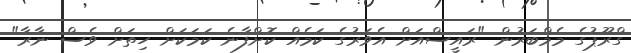
ގްރޫޕުގެ މެމްބަރުން "ރައީސްއަށް އެވަރުގެ ކަމެއް ކޮށްފާނެ ކަމަކަށް ހިތަށް ވެސް ނާރާ"